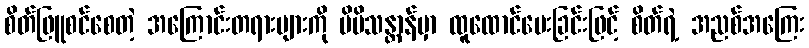
စိတ်ဖြူစင်စေတဲ့ အကြောင်းတရားများကို မိမိသန္တာန်မှာ ထူထောင်ပေးခြင်းဖြင့် စိတ်ရဲ့ အညစ်အကြေး